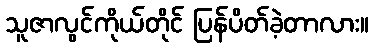
သူဇာလွင်ကိုယ်တိုင် ပြန်ပိတ်ခဲ့တာလား။